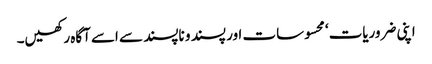
اپنی ضروریات‘ محسوسات اور پسند و ناپسند سے اسے آگاہ رکھیں۔